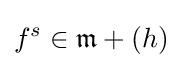
f^{s}\in {\mathfrak {m}}+(h)